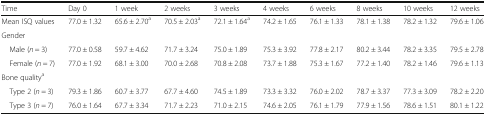
<table><thead><tr><td><b>Time</b></td><td><b>Day 0</b></td><td><b>1 week</b></td><td><b>2 weeks</b></td><td><b>3 weeks</b></td><td><b>4 weeks</b></td><td><b>6 weeks</b></td><td><b>8 weeks</b></td><td><b>10 weeks</b></td><td><b>12 weeks</b></td></tr></thead><tbody><tr><td>Mean ISQ values</td><td>77.0 ± 1.32</td><td>65.6 ± 2.70<sup>a</sup></td><td>70.5 ± 2.03<sup>a</sup></td><td>72.1 ± 1.64<sup>a</sup></td><td>74.2 ± 1.65</td><td>76.1 ± 1.33</td><td>78.1 ± 1.38</td><td>78.2 ± 1.32</td><td>79.6 ± 1.06</td></tr><tr><td colspan="10">Gender</td></tr><tr><td> Male (<i>n</i> = 3)</td><td>77.0 ± 0.58</td><td>59.7 ± 4.62</td><td>71.7 ± 3.24</td><td>75.0 ± 1.89</td><td>75.3 ± 3.92</td><td>77.8 ± 2.17</td><td>80.2 ± 3.44</td><td>78.2 ± 3.35</td><td>79.5 ± 2.78</td></tr><tr><td> Female (<i>n</i> = 7)</td><td>77.0 ± 1.92</td><td>68.1 ± 3.00</td><td>70.0 ± 2.68</td><td>70.8 ± 2.08</td><td>73.7 ± 1.88</td><td>75.3 ± 1.67</td><td>77.2 ± 1.40</td><td>78.2 ± 1.46</td><td>79.6 ± 1.13</td></tr><tr><td colspan="10">Bone quality<sup>a</sup></td></tr><tr><td> Type 2 (<i>n</i> = 3)</td><td>79.3 ± 1.86</td><td>60.7 ± 3.77</td><td>67.7 ± 4.60</td><td>74.5 ± 1.89</td><td>73.3 ± 3.32</td><td>76.0 ± 2.02</td><td>78.7 ± 3.37</td><td>77.3 ± 3.09</td><td>78.2 ± 2.20</td></tr><tr><td> Type 3 (<i>n</i> = 7)</td><td>76.0 ± 1.64</td><td>67.7 ± 3.34</td><td>71.7 ± 2.23</td><td>71.0 ± 2.15</td><td>74.6 ± 2.05</td><td>76.1 ± 1.79</td><td>77.9 ± 1.56</td><td>78.6 ± 1.51</td><td>80.1 ± 1.22</td></tr></tbody></table>